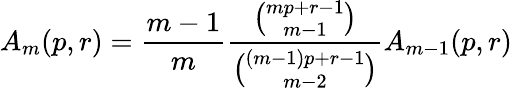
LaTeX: A_{m}(p,r)={\frac{m-1}{m}}{\frac{\binom{mp+r-1}{m-1}}{\binom{(m-1)p+r-1}{m-2}}}A_{m-1}(p,r)